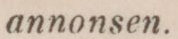
annonsen.